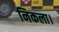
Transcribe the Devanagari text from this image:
निकला।